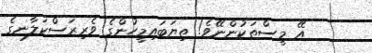
އޭ މީސްތަކުންނޭވެ! ތިޔަބައިމީހުންގެ ވެރިރަސްކަލާނގެ